Report on sanitation, dispensaries, and jails in Rajputana for 1912, and on vaccination for the year 1912-1913 - 1912-1913
Year: 1912
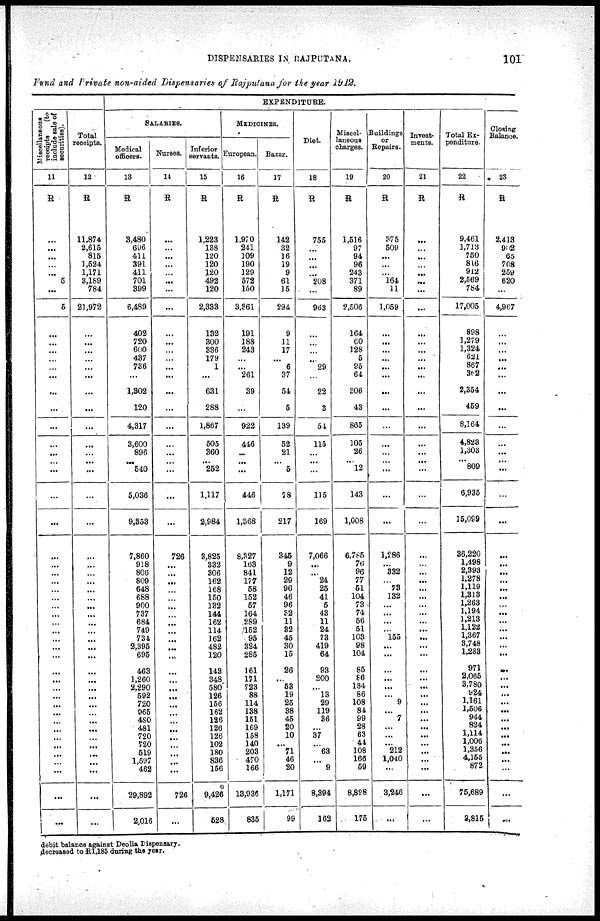
DISPENSARIES IN RAJPUTANA.
101
Fund and Private non-aided Dispensaries of Rajputana for the year 1912.
Miscellanaous
receipts
(to
include sale of
securities).
11
R
...
...
...
...
...
5
...
5
...
...
...
...
...
...
...
...
...
...
...
...
...
...
...
...
...
...
...
...
...
...
...
...
...
...
...
...
...
...
...
...
...
...
...
...
...
...
...
...
...
...
...
Total
receipts.
12
R
11,874
2,615
815
1,524
1,171
3,189
784
21,972
...
...
...
...
...
...
...
...
...
...
...
...
...
...
...
...
...
...
...
...
...
...
...
...
...
...
...
...
...
...
...
...
...
...
...
...
...
...
...
...
...
...
...
EXPENDITURE.
SALARIES.
Medical
officers.
13
R
3,480
696
411
391
411
701
399
6,489
402
720
600
437
736
...
1,302
120
4,317
8,600
896
...
540
5,036
9,353
7,860
918
806
809
648
688
900
737
684
749
734
2,395
695
463
1,260
2,290
592
720
965
480
481
720
720
519
1,597
462
29,892
2,016
Nurses.
14
R
...
...
...
...
...
...
...
...
...
...
...
...
...
...
...
...
...
...
...
...
...
...
...
726
...
...
...
...
...
...
...
...
...
...
...
...
...
...
...
...
...
...
...
...
...
...
...
...
...
726
...
Inferior
servants.
15
R
1,223
138
120
120
120
492
120
2,333
132
300
336
179
1
...
631
288
1,867
505
360
...
252
1,117
2,984
3,825
332
806
162
168
150
132
144
162
114
162
482
120
148
348
580
126
156
162
126
126
126
102
180
836
156
9,426
528
MEDICINES.
European.
16
R
1,970
241
109
190
129
572
150
3,361
191
188
243
...
...
261
39
...
922
446
...
...
...
446
1,368
8,327
163
841
177
58
152
57
164
289
152
95
324
285
161
171
723
88
114
138
151
169
158
140
203
470
166
13,936
835
Bazar.
17
R
142
32
16
19
9
61
15
294
9
11
17
...
6
37
54
5
139
52
21
...
5
78
217
345
9
12
29
96
46
96
32
11
32
45
30
15
26
...
53
19
25
38
45
20
10
...
71
46
20
1,171
99
Diet.
18
R
755
...
...
...
...
208
...
963
...
...
...
...
29
...
22
3
54
115
...
...
...
115
169
7,066
...
...
24
25
41
5
43
11
24
73
419
64
93
200
...
13
29
119
36
...
37
...
63
... 9
8,394
162
Miscel-
laneous
charges.
19
R
1,516
97
94
96
243
371
89
2,506
164
60
128
5
95
64
306
43
865
105
26
...
12
143
1,008
6,785
76
96
77
51
104
73
74
56
51
103
98
104
85
86
134
86
108
84
99
28
63
44
108
166
59
8,898
175
Buildings
or
Repairs.
20
R
375
509
...
...
...
164
11
1,059
...
...
...
...
...
...
...
...
...
...
...
...
...
...
...
1,286
...
332
...
73
132
...
...
...
...
155
...
...
...
...
...
...
9
...
7
...
...
...
212
1,040
...
3,246
...
Invest¬
ments.
21
R
...
...
...
...
...
...
...
...
...
...
...
...
...
...
...
...
...
...
...
...
...
...
...
...
...
...
...
...
...
...
...
...
...
...
...
...
...
...
...
...
...
...
...
...
...
...
...
...
...
...
...
Total Ex-
penditure.
22
R
9,461
1,713
750
816
912
2,569
784
17,005
898
1,279
1,324
621
867
362
2,354
459
8,164
4,823
1,303
...
809
6,935
15,099
36,220
1,498
2,393
1,278
1,119
1,313
1,263
1,194
1,213
1,122
1,367
3,748
1,283
971
2,065
3,780
924
1,161
1,506
944
824
1,114
1,006
1,356
4,155
872
75,689
3,815
Closing
Balance.
23
R
2,413
902
65
708
259
620
...
4,967
...
...
...
...
...
...
...
...
...
...
...
...
...
...
...
...
...
...
...
...
...
...
...
...
...
...
...
...
...
...
...
...
...
...
...
...
...
...
...
...
...
...
...
debit balance against Deolia Dispensary.
decreased to R1,185 during the year.